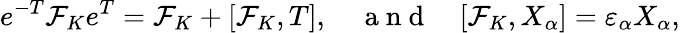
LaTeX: e^{-T}\mathcal{F}_{K}e^{T}=\mathcal{F}_{K}+[\mathcal{F}_{K},T],\quad\mathrm{~a~n~d~}\quad[\mathcal{F}_{K},X_{\alpha}]=\varepsilon_{\alpha}X_{\alpha},